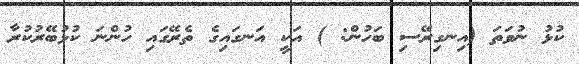
ކުޅު ނުވަތަ (އިނގިރޭސި ބަހުން: ) އަކީ އަނގައިގެ ތެރޭގައި ހުންނަ ކުޅުބޭރުކުރާ